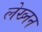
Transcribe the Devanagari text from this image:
लेख्नन